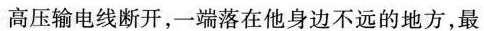
高压输电线断开，一端落在他身边不远的地方，最